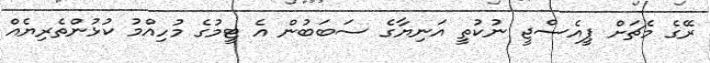
ރޭގެ މެޗަށް ޕީއެސްޖީ ނުކުތީ އަނިޔާގެ ސަބަބުން އެ ޓީމުގެ މުހިއްމު ކުޅުންތެރިޔެއް